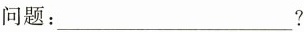
问题：___?